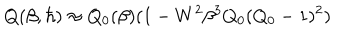
LaTeX: Q ( \beta , \hbar ) \approx Q _ { 0 } ( \beta ) ( 1 - W ^ { 2 } \beta ^ { 3 } Q _ { 0 } ( Q _ { 0 } - 1 ) ^ { 2 } )